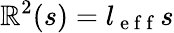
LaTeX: {\cal\mathbb{R}}^{2}(s)=l_{\mathrm{{~e~f~f~}}}s